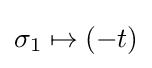
\sigma _{1}\mapsto \left(-t\right)